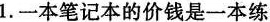
1.一本笔记本的价钱是一本练